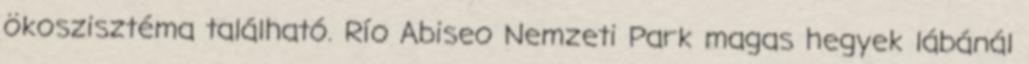
ökoszisztéma található. Río Abiseo Nemzeti Park magas hegyek lábánál